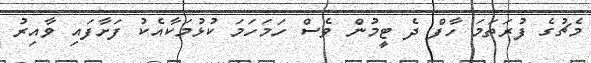
މެޗުގެ ފުރަތަމަ ހާފް ދެ ޓީމުން ވެސް ހަމަހަމަ ކުޅުމަކާއެކު ފަށާފައި ވާއިރު